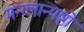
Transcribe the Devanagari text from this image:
मन्ग्लान्यष्टो